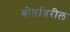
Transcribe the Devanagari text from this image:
बोर्डावरील